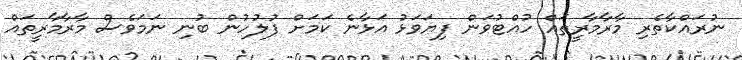
ނުރައްކާތެރި މާރާމާރީތައް ހުއްޓުވަން ފިޔަވަޅު އަޅާނެ ކަމަށް ފުލުހުން ބުނި ނަމަވެސް މާރާމާރީތައް